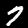
Label: 7